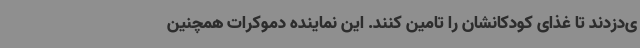
ی‌دزدند تا غذای کودکانشان را تامین کنند. این نماینده دموکرات همچنین